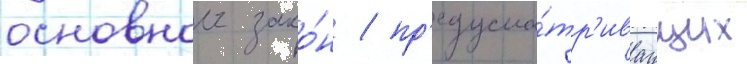
основнои зако́н / пр'едусма́тр'иваущих